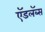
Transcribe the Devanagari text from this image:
ऍडलॅब्स